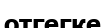
отгегке